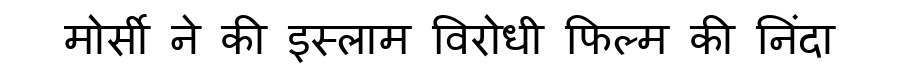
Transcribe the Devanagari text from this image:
मोर्सी ने की इस्लाम विरोधी फिल्म की निंदा